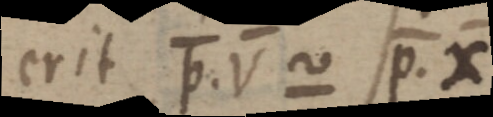
erit p.V ~ p. X